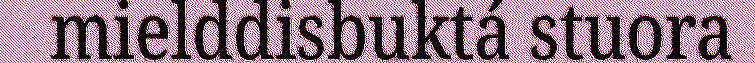
mielddisbuktá stuora